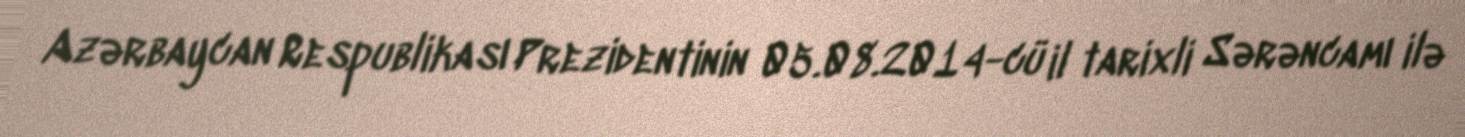
Azərbaycan Respublikası Prezidentinin 05.08.2014-cü il tarixli Sərəncamı ilə